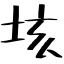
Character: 垓